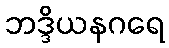
ဘဒ္ဒိယနဂရေ